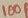
Text: 100P